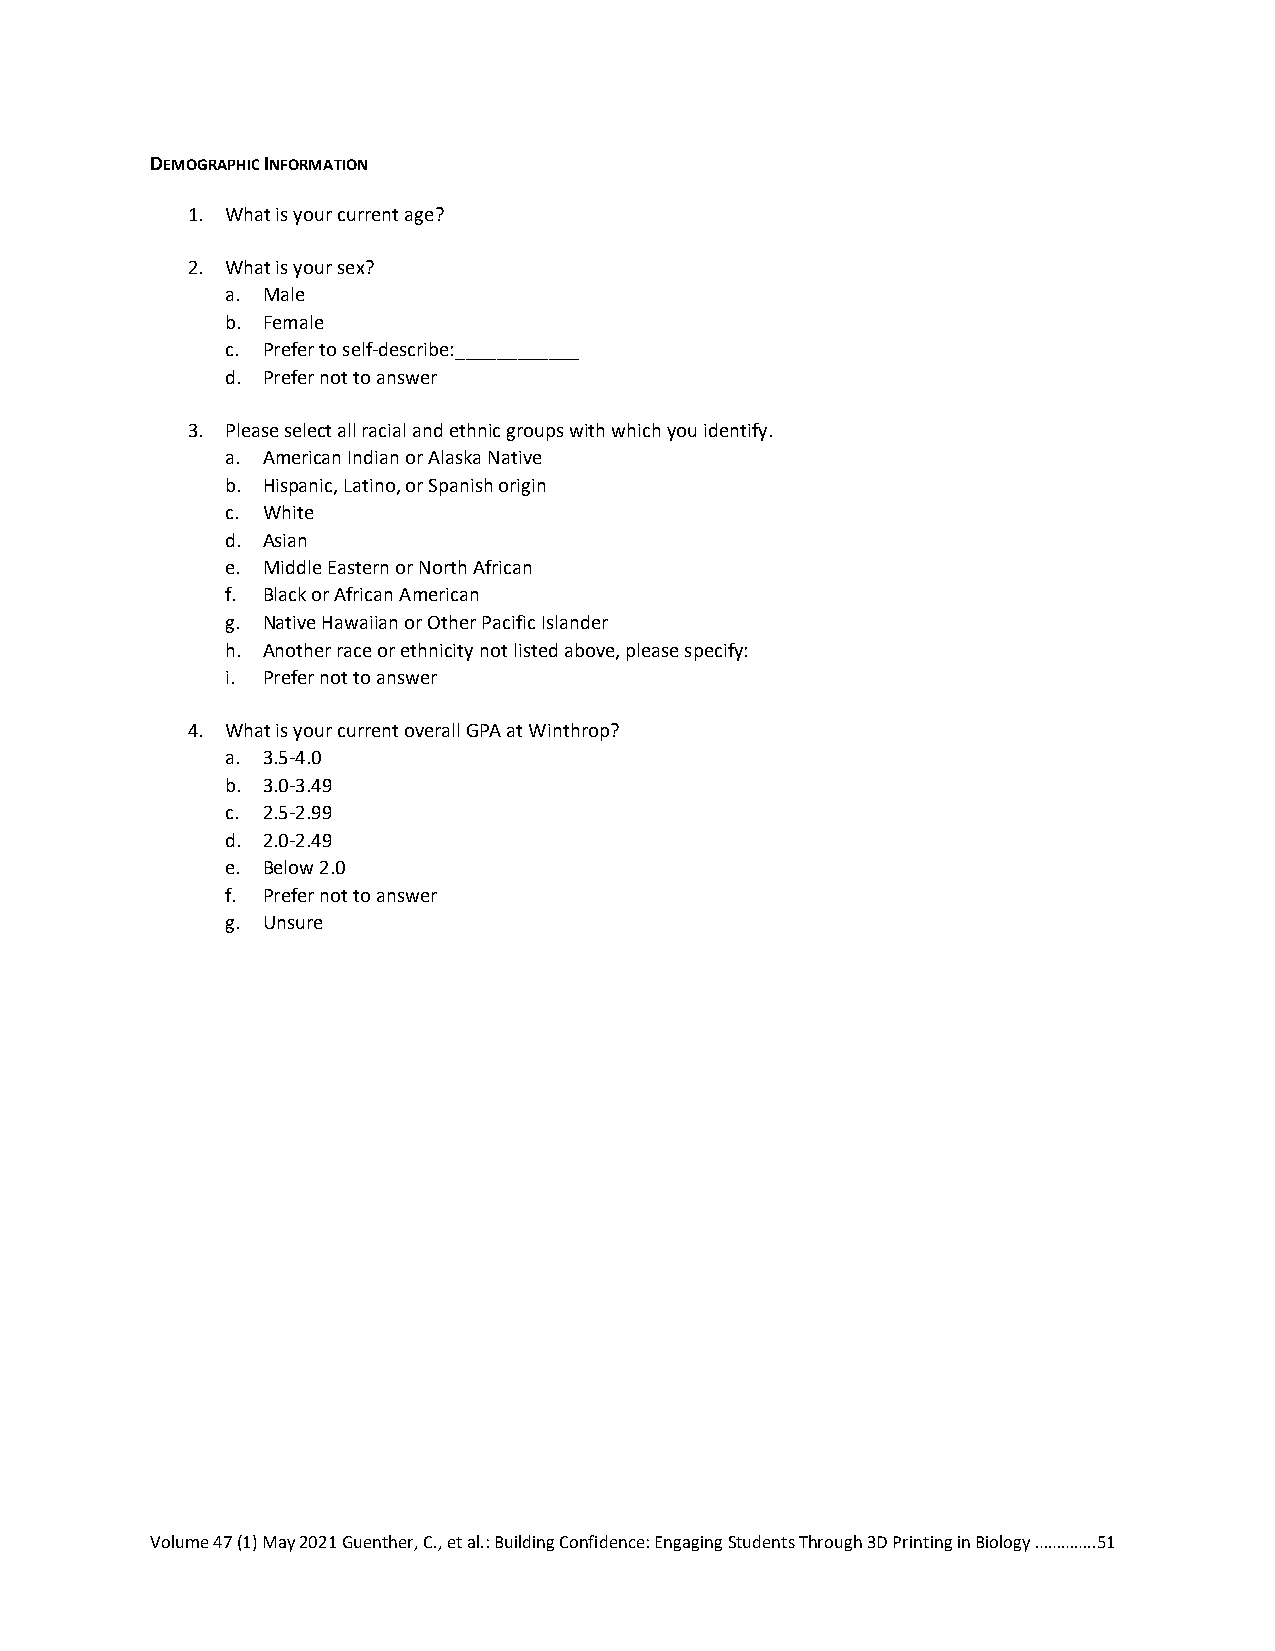
DEMOGRAPHIC INFORMATION
 1. What is your current age?
 2. What is your sex?
 a. Male
 b. Female
 c. Prefer to self-describe:____________
 d. Prefer not to answer
 3. Please select all racial and ethnic groups with which you identify.
 a. American Indian or Alaska Native
 b. Hispanic, Latino, or Spanish origin
 c. White
 d. Asian
 e. Middle Eastern or North African
 f. Black or African American
 g. Native Hawaiian or Other Pacific Islander
 h. Another race or ethnicity not listed above, please specify:
 i. Prefer not to answer
 4. What is your current overall GPA at Winthrop?
 a. 3.5-4.0
 b. 3.0-3.49
 c. 2.5-2.99
 d. 2.0-2.49
 e. Below 2.0
 f. Prefer not to answer
 g. Unsure
 Volume 47 (1) May 2021 Guenther, C., et al.: Building Confidence: Engaging Students Through 3D Printing in Biology …………..51